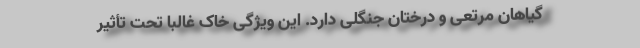
گیاهان مرتعی و درختان جنگلی دارد. این ویژگی خاک غالباً تحت تأثیر